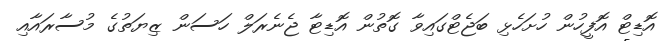
އޮޑިޓް އޮފީހުން ހުށަހެޅި ބަޖެޓްގައިވާ ގޮތުން އޮޑިޓާ ޖެނެރަލް ހަސަން ޒިޔަތުގެ މުސާރައާއި